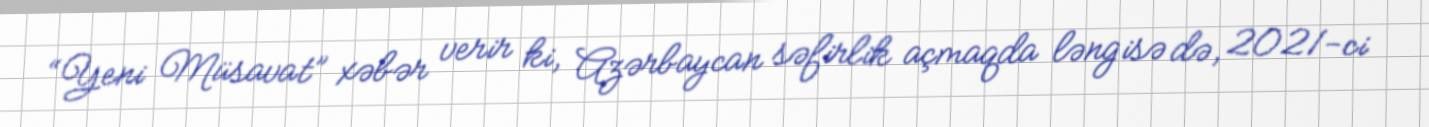
“Yeni Müsavat” xəbər verir ki, Azərbaycan səfirlik açmaqda ləngisə də, 2021-ci